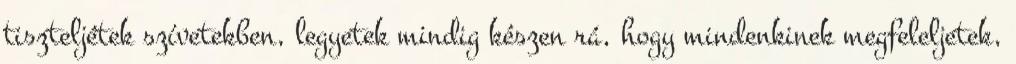
tiszteljétek szívetekben, legyetek mindig készen rá, hogy mindenkinek megfeleljetek,